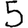
Digit: 5